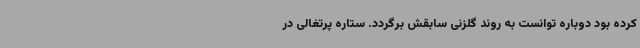
کرده بود دوباره توانست به روند گلزنی سابقش برگردد. ستاره پرتغالی در